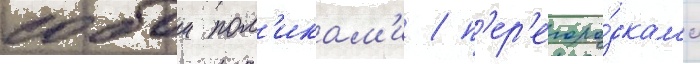
собои пол'икам'и / п'ер'егоро́дкам'и